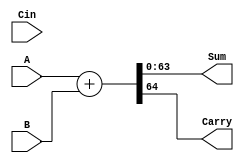
`timescale 1ns / 1ps
//////////////////////////////////////////////////////////////////////////////////
// Company: 
// Engineer: 
// 
// Design Name: 
// Module Name: Sixty_Four_bit_Adder
// Project Name: 
// Target Devices: 
// Tool Versions: 
// Description: 
// 
// Dependencies: 
// 
// Revision:
// Revision 0.01 - File Created
// Additional Comments:
// 
//////////////////////////////////////////////////////////////////////////////////


module Sixty_Four_bit_Adder(Sum, Carry, A, B, Cin);

input [63:0] A, B;
input Cin;
output [63:0] Sum;
output Carry;

//logic design
assign {Carry, Sum} = A + B;


endmodule